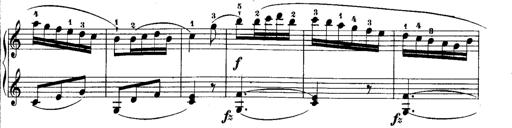
Title: Rondos and Sonatinas for Pianoforte
Composer: Daniel Steibelt